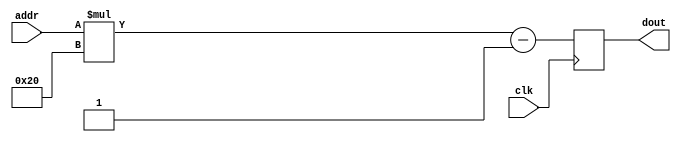
module triangle_rom (
    input clk,
    input [9:0] addr,
    output reg [15:0] dout
);

    always @(posedge clk)
        dout = addr * 9'd32 - 1'b1;

    
endmodule